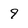
Character: 9